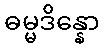
ဓမ္မဒိန္နော